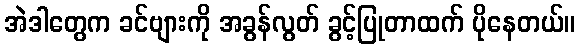
အဲဒါတွေက ခင်ဗျားကို အခွန်လွတ် ခွင့်ပြုတာထက် ပိုနေတယ်။